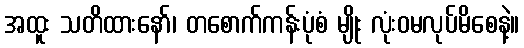
အထူး သတိထားနော်၊ တစောက်ကန်းပုံစံ မျိုး လုံးဝမလုပ်မိစေနဲ့။